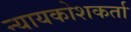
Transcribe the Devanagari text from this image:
न्यायकोशकर्ता